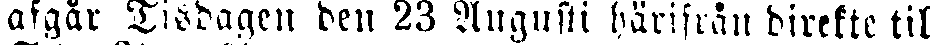
afgår Tisdagen den 23 Augusti härifrån direkte till